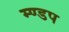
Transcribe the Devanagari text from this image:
म्ण्डप